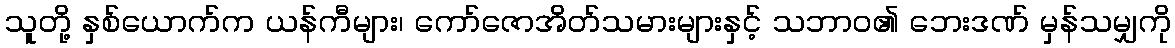
သူတို့ နှစ်ယောက်က ယန်ကီများ၊ ကော်ဇောအိတ်သမားများနှင့် သဘာဝ၏ ဘေးဒဏ် မှန်သမျှကို